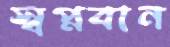
স্বপ্নবান